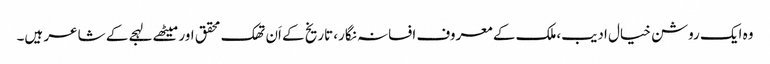
وہ ایک روشن خیال ادیب،ملک کے معروف افسانہ نگار، تاریخ کے اَن تھک محقق اور میٹھے لہجے کے شاعر ہیں۔